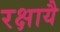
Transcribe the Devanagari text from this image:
रक्षायै